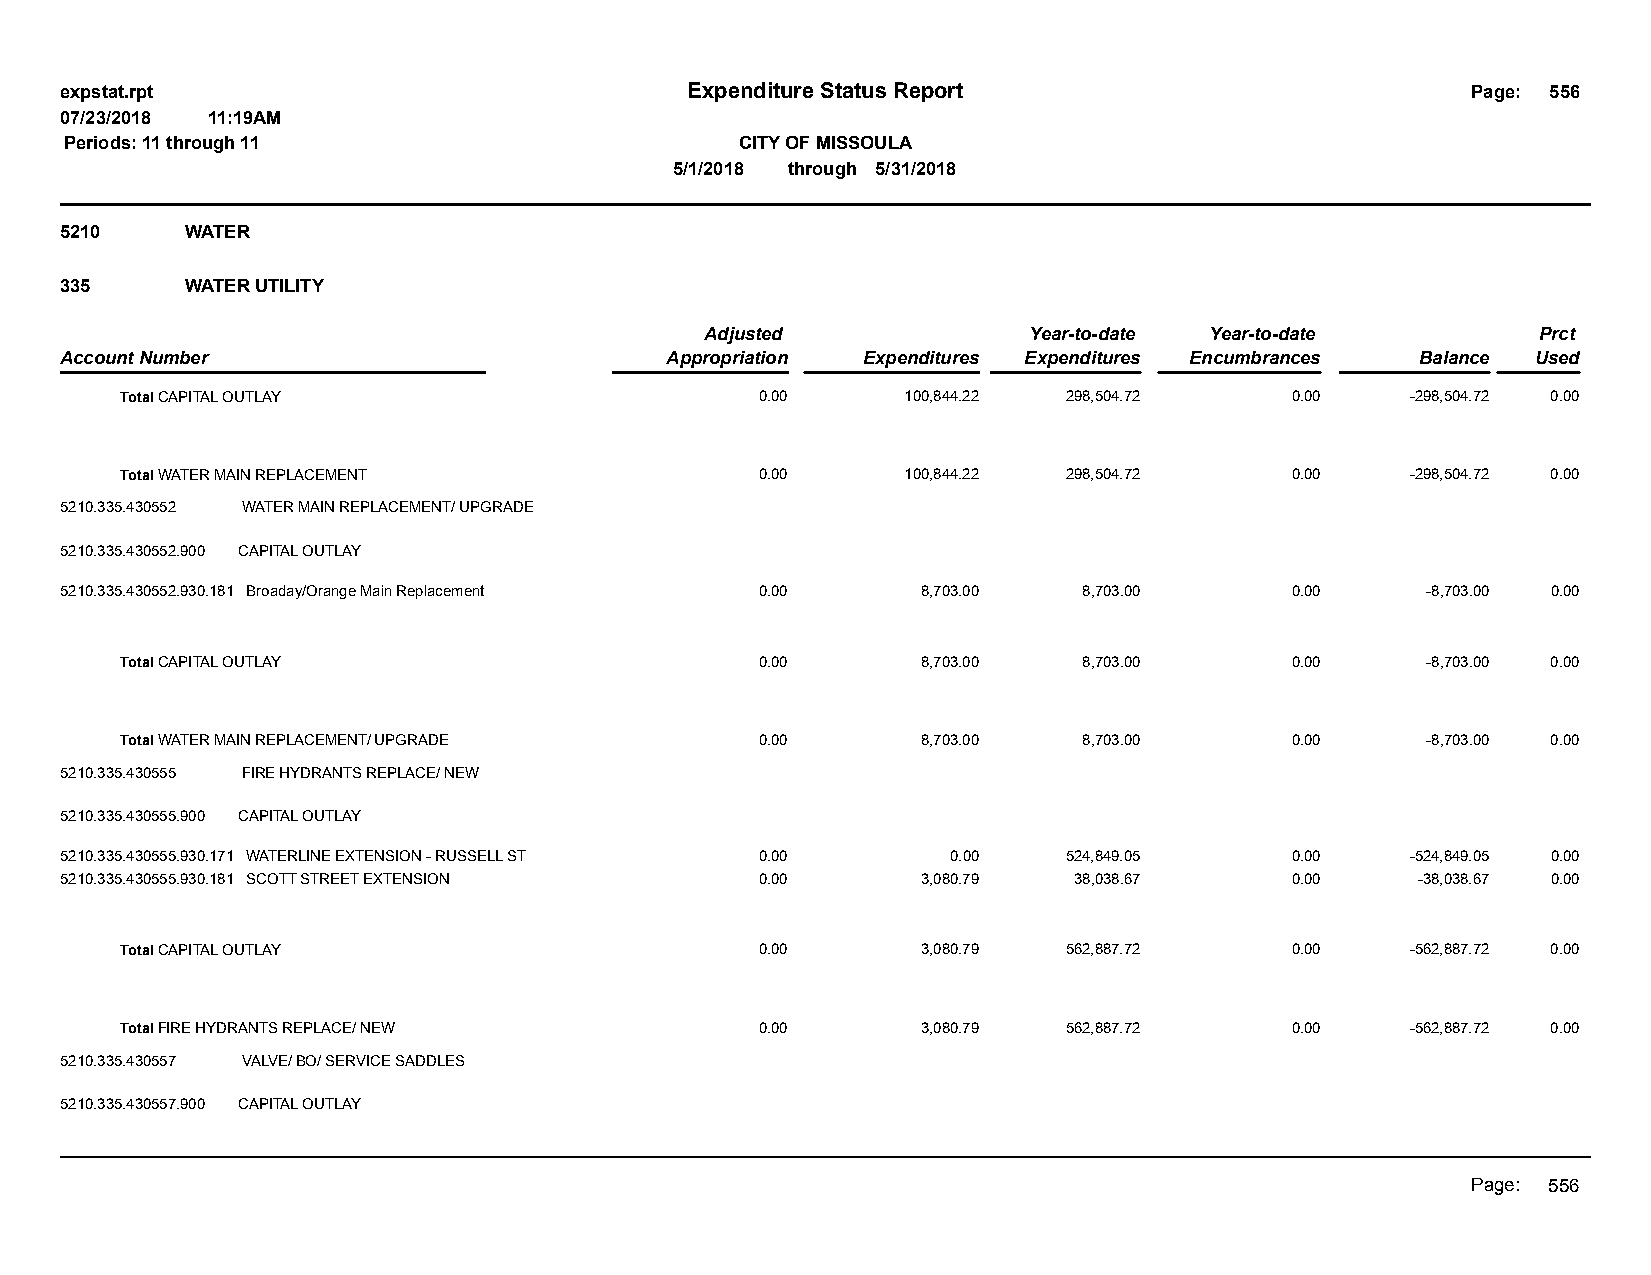
expstat.rpt                              Expenditure Status Report                           Page: 556
 07/23/2018 11:19AM
 Periods: 11 through 11                       CITY OF MISSOULA
 5/1/2018 through 5/31/2018
 5210    WATER
 335     WATER UTILITY
 Adjusted             Year-to-date Year-to-date         Prct
 Account Number                          Appropriation Expenditures Expenditures Encumbrances Balance Used
 Total CAPITAL OUTLAY                      0.00      100,844.22 298,504.72    0.00    -298,504.72 0.00
 Total WATER MAIN REPLACEMENT              0.00      100,844.22 298,504.72    0.00    -298,504.72 0.00
 5210.335.430552 WATER MAIN REPLACEMENT/ UPGRADE
 5210.335.430552.900 CAPITAL OUTLAY
 5210.335.430552.930.181 Broaday/Orange Main Replacement 0.00 8,703.00 8,703.00   0.00     -8,703.00 0.00
 Total CAPITAL OUTLAY                      0.00       8,703.00   8,703.00     0.00     -8,703.00 0.00
 Total WATER MAIN REPLACEMENT/ UPGRADE     0.00       8,703.00   8,703.00     0.00     -8,703.00 0.00
 5210.335.430555 FIRE HYDRANTS REPLACE/ NEW
 5210.335.430555.900 CAPITAL OUTLAY
 5210.335.430555.930.171 WATERLINE EXTENSION - RUSSELL ST 0.00 0.00 524,849.05    0.00    -524,849.05 0.00
 5210.335.430555.930.181 SCOTT STREET EXTENSION 0.00      3,080.79  38,038.67     0.00     -38,038.67 0.00
 Total CAPITAL OUTLAY                      0.00       3,080.79  562,887.72    0.00    -562,887.72 0.00
 Total FIRE HYDRANTS REPLACE/ NEW          0.00       3,080.79  562,887.72    0.00    -562,887.72 0.00
 5210.335.430557 VALVE/ BO/ SERVICE SADDLES
 5210.335.430557.900 CAPITAL OUTLAY
 Page: 556